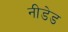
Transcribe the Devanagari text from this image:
नीडेड